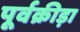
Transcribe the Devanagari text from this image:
पूर्वक्रीड़ा